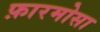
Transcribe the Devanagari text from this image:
फ़ारमोसा